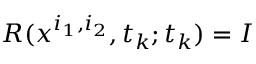
R ( x ^ { i _ { 1 } , i _ { 2 } } , t _ { k } ; t _ { k } ) = I